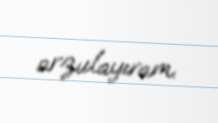
arzulayıram.